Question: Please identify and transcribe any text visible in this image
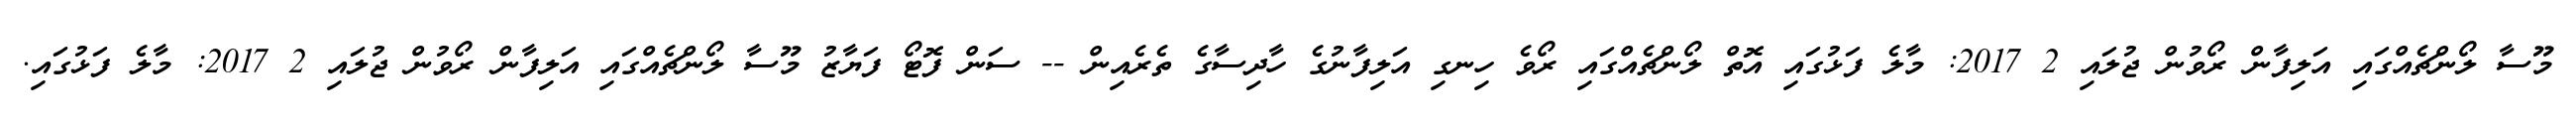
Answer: މޫސާ ލޯންޗެއްގައި އަލިފާން ރޯވުން ޖުލައި 2 2017: މާލެ ފަޅުގައި އޮތް ލޯންޗެއްގައި ރޯވެ ހިނގި އަލިފާނުގެ ހާދިސާގެ ތެރެއިން -- ސަން ފޮޓޯ ފަޔާޒު މޫސާ ލޯންޗެއްގައި އަލިފާން ރޯވުން ޖުލައި 2 2017: މާލެ ފަޅުގައި.